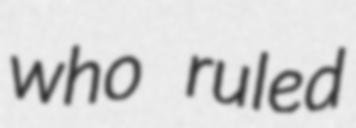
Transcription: who ruled